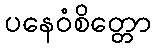
ပနေဝံစိတ္တော